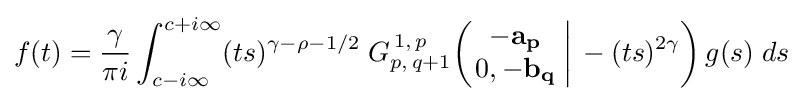
f(t)={\frac {\gamma }{\pi i}}\int _{c-i\infty }^{c+i\infty }(ts)^{\gamma -\rho -1/2}\;G_{p,\,q+1}^{\,1,\,p}\!\left(\left.{\begin{matrix}-\mathbf {a_{p}} \\0,-\mathbf {b_{q}} \end{matrix}}\;\right|\,-(ts)^{2\gamma }\right)g(s)\;ds